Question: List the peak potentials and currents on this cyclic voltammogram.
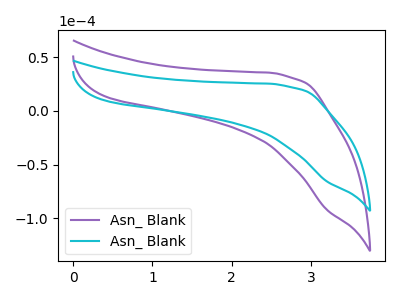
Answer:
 <answer>The purple curve "Asn_ Blank1" has no peaks. The cyan curve "Asn_ Blank2" has no peaks.</answer>
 <eval></eval>